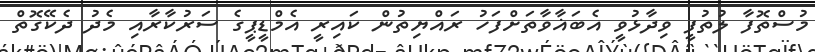
މުސްތޮފާ ލުތުފީ ވިދާޅުވީ އެބަޣާވާތަށްފަހު ރައްޔިތުން ކައިރީ އެމްޑީޕީގެ ސަރުކާރާއި މެދު ދެކޭގޮތް